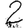
Digit: 2